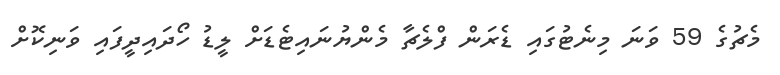
މެޗުގެ 59 ވަނަ މިނެޓުގައި ޑެރަން ފްލެޗާ މެންޔުނައިޓެޑަށް ލީޑު ހޯދައިދީފައި ވަނިކޮށް